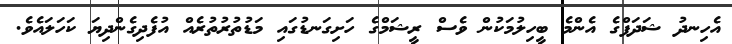
އެހިނދު ޝަދަފްގެ އެންމެ ބީހިލުމަކުން ވެސް ރީޝަމްގެ ހަށިގަނޑުގައި މަޑުތުރުތުރެއް އުފެދިގެންދިޔަ ކަހަލައެވެ.